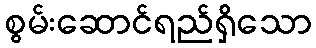
စွမ်းဆောင်ရည်ရှိသော